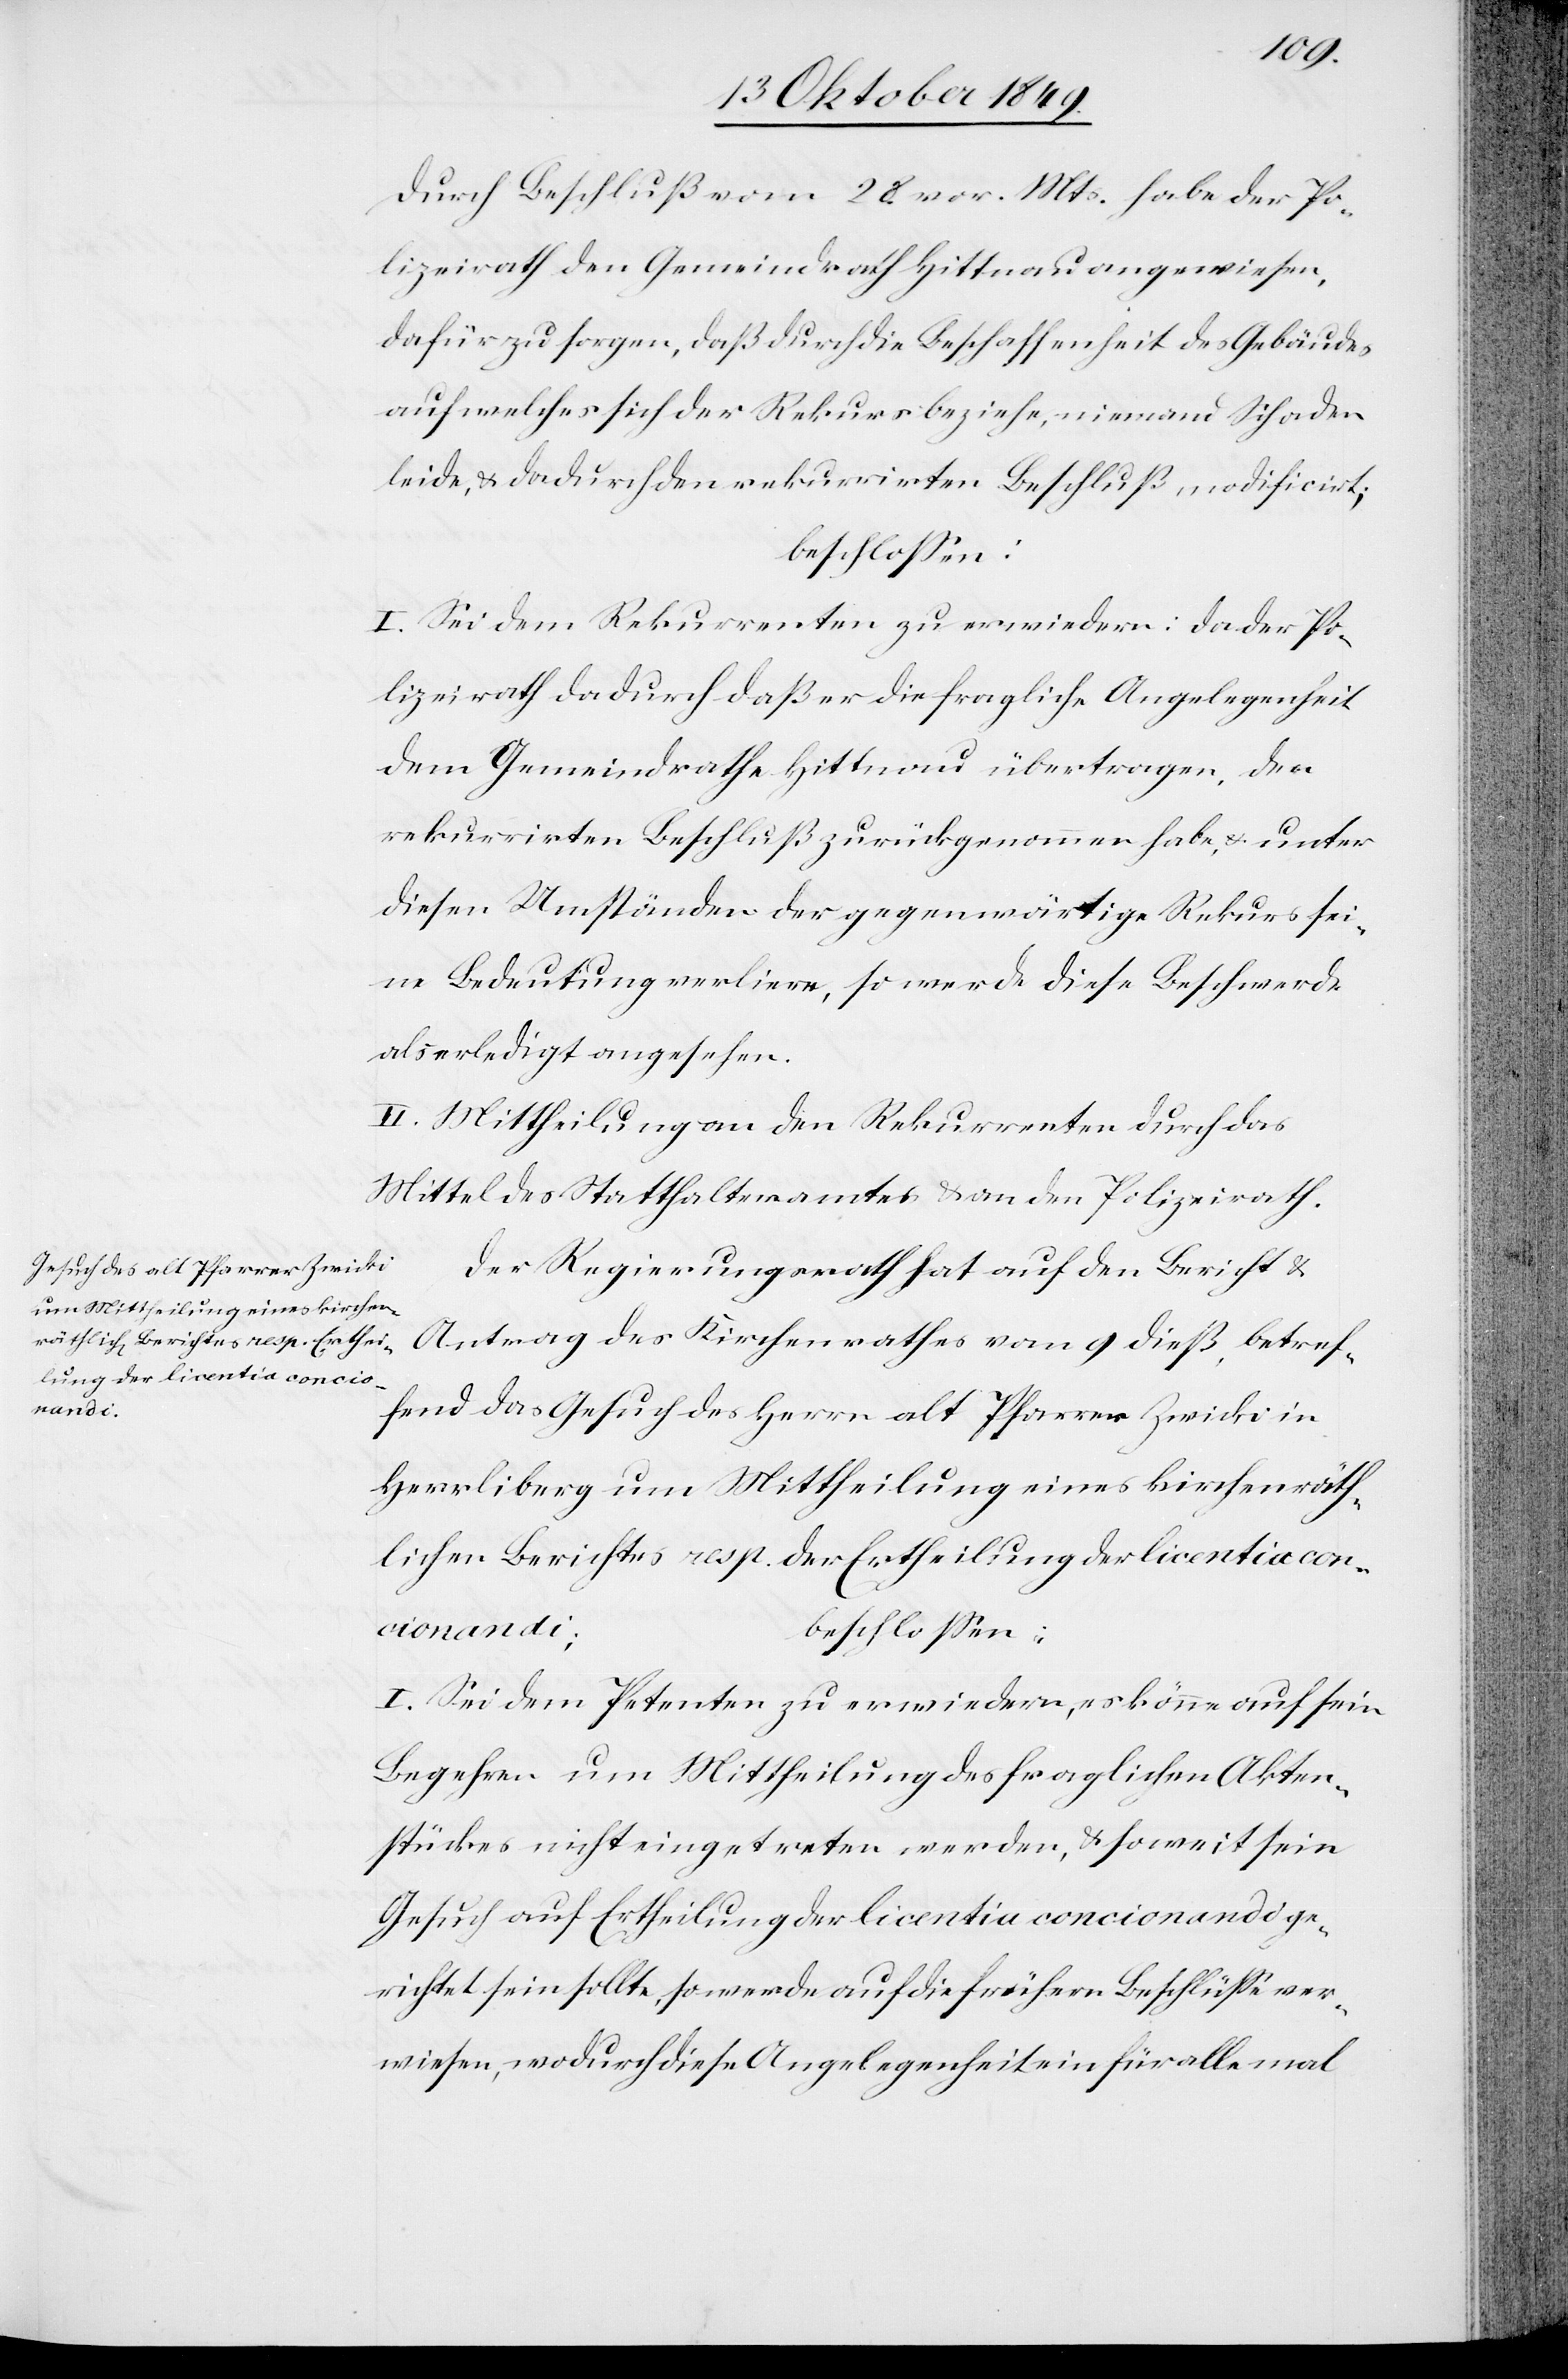
Durch Beschluß vom 28 vor. Mts. habe der Po¬
lizeirath den Gemeindrath Hittnau angewiesen,
dafür zu sorgen, daß durch die Beschaffenheit des Gebäudes
auf welches sich der Rekurs beziehe, niemand Schaden
leide, u. dadurch rekurrirten Beschluß modificirt;
I. Sei dem Rekurrenten zu erwiedern: da der Po¬
lizeirath dadurch daß er die fragliche Angelegenheit
dem Gemeindrathe Hittnau übertragen, den
rekurrirten Beschluß zurückgenommen habe, u. unter
diesen Umständen der gegenwärtige Rekurs sei¬
ne Bedeutung verliere, so werde diese Beschwerde
als erledigt angesehen.
II. Mittheilung an den Rekurrenten durch das
Mittel des Statthalteramtes u. an den Polizeirath.
Der Regierungsrath hat auf den Bericht u.
Antrag des Kirchenrathes vom 9 dieß, betref¬
fend das Gesuch des Herrn alt Pfarrer Zwicki in
Herrliberg um Mittheilung eines kirchenräth¬
lichen Berichtes resp. der Ertheilung der licentia con¬
cionandi;
beschloßen:
I. Sei dem Petenten zu erwiedern, es könne auf sein
Begehren um Mittheilung des fraglichen Akten¬
stückes nicht eingetreten werden, u. soweit sein
Gesuch auf Ertheilung der licentia concionandi ge¬
richtet sein sollte, so werde auf die frühern Beschlüße ver¬
wiesen, wodurch diese Angelegenheit ein für alle mal